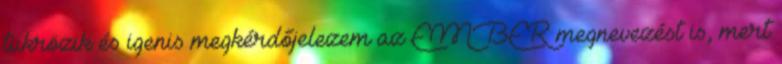
tükrözik és igenis megkérdőjelezem az EMBER megnevezést is, mert